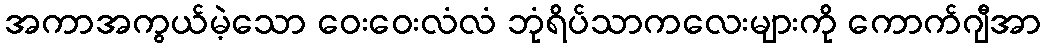
အကာအကွယ်မဲ့သော ဝေးဝေးလံလံ ဘုံရိပ်သာကလေးများကို ကောက်ဂျီအာ